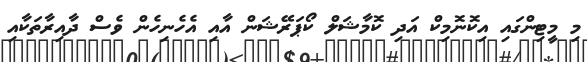
މި މީޓިންގައި އިކޮނޮމިކް އަދި ކޮމާޝަލް ކޯޕަރޭޝަން އާއި އެހެނިހެން ވެސް ދާއިރާތަކާއި